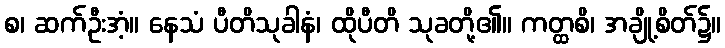
စ၊ ဆက်ဦးအံ့။ နေသံ ပီတိသုခါနံ၊ ထိုပီတိ သုခတို့၏။ ကတ္ထစိ၊ အချို့စိတ်၌။